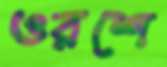
ওরশে